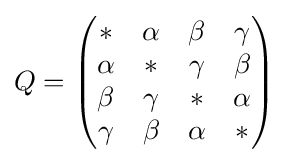
Q={\begin{pmatrix}{*}&{\alpha }&{\beta }&{\gamma }\\{\alpha }&{*}&{\gamma }&{\beta }\\{\beta }&{\gamma }&{*}&{\alpha }\\{\gamma }&{\beta }&{\alpha }&{*}\end{pmatrix}}